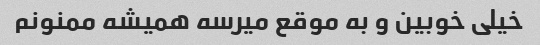
خیلی خوبین و به موقع میرسه همیشه ممنونم